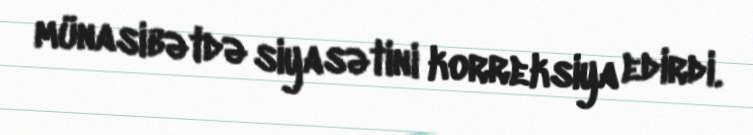
münasibətdə siyasətini korreksiya edirdi.